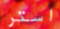
استر